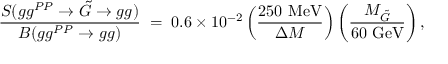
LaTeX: \frac { S ( g g ^ { P P } \rightarrow \tilde { G } \rightarrow g g ) } { B ( g g ^ { P P } \rightarrow g g ) } \; = \; 0 . 6 \times 1 0 ^ { - 2 } \left( \frac { 2 5 0 ~ \mathrm { M e V } } { \Delta M } \right) \left( \frac { M _ { \tilde { G } } } { 6 0 ~ \mathrm { G e V } } \right) ,